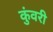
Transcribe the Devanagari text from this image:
कुंवरी